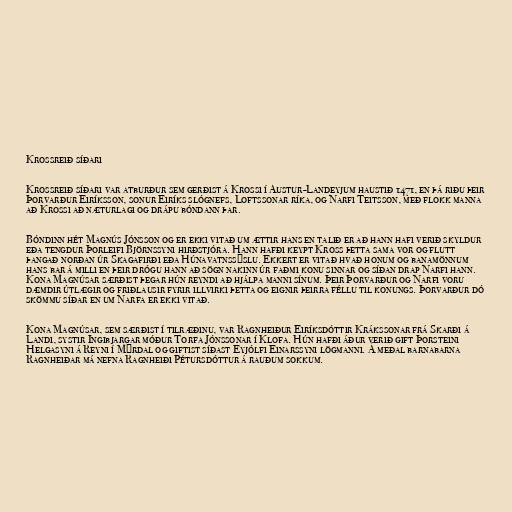
Krossreið síðari

Krossreið síðari var atburður sem gerðist á Krossi í Austur-Landeyjum haustið 1471, en þá riðu þeir
Þorvarður Eiríksson, sonur Eiríks slógnefs, Loftssonar ríka, og Narfi Teitsson, með flokk manna
að Krossi að næturlagi og drápu bóndann þar.

Bóndinn hét Magnús Jónsson og er ekki vitað um ættir hans en talið er að hann hafi verið skyldur
eða tengdur Þorleifi Björnssyni hirðstjóra. Hann hafði keypt Kross þetta sama vor og flutt
þangað norðan úr Skagafirði eða Húnavatnssýslu. Ekkert er vitað hvað honum og banamönnum
hans bar á milli en þeir drógu hann að sögn nakinn úr faðmi konu sinnar og síðan drap Narfi hann.
Kona Magnúsar særðist þegar hún reyndi að hjálpa manni sínum. Þeir Þorvarður og Narfi voru
dæmdir útlægir og friðlausir fyrir illvirki þetta og eignir þeirra féllu til konungs. Þorvarður dó
skömmu síðar en um Narfa er ekki vitað.

Kona Magnúsar, sem særðist í tilræðinu, var Ragnheiður Eiríksdóttir Krákssonar frá Skarði á
Landi, systir Ingibjargar móður Torfa Jónssonar í Klofa. Hún hafði áður verið gift Þorsteini
Helgasyni á Reyni í Mýrdal og giftist síðast Eyjólfi Einarssyni lögmanni. Á meðal barnabarna
Ragnheiðar má nefna Ragnheiði Pétursdóttur á rauðum sokkum.